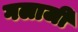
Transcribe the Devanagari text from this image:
गलाजी